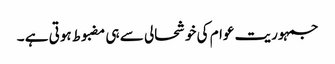
جمہوریت عوام کی خوشحالی سے ہی مضبوط ہوتی ہے ۔